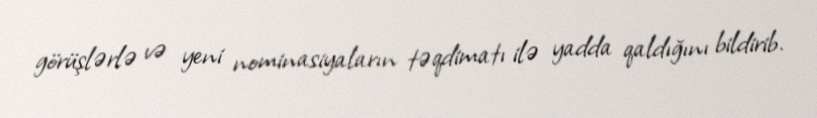
görüşlərlə və yeni nominasiyaların təqdimatı ilə yadda qaldığını bildirib.